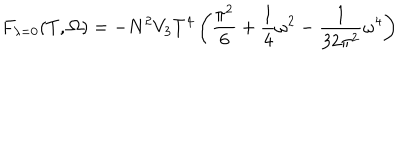
F _ { \lambda = 0 } ( T , \Omega ) = - N ^ { 2 } V _ { 3 } T ^ { 4 } \left( \frac { \pi ^ { 2 } } { 6 } + \frac { 1 } { 4 } \omega ^ { 2 } - \frac { 1 } { 3 2 \pi ^ { 2 } } \omega ^ { 4 } \right)